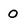
Character: 0